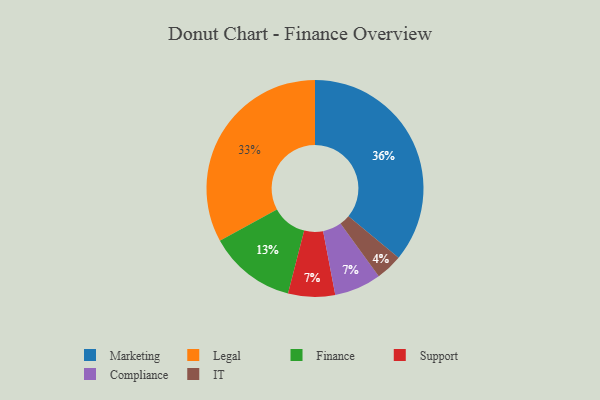
{"axis": {"x": "Category", "y": "Percentage"}, "legend": ["Compliance", "Finance", "IT", "Legal", "Marketing", "Support"], "data": [{"x": "Finance", "y": 13, "type": "Finance"}, {"x": "Legal", "y": 33, "type": "Legal"}, {"x": "IT", "y": 4, "type": "IT"}, {"x": "Support", "y": 7, "type": "Support"}, {"x": "Marketing", "y": 36, "type": "Marketing"}, {"x": "Compliance", "y": 7, "type": "Compliance"}]}